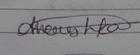
Signature authenticity: genuine